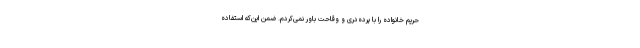
حریم خانواده را با پرده‌دری و وقاحت باور نمی‌کردم. ضمن این‌که استفاده